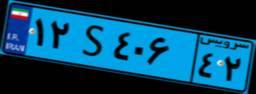
۳۳S۴۱۵۳۸